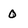
Character: 0